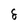
Character: 8